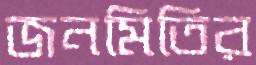
জনমিতির